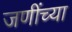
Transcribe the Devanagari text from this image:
जणींच्या